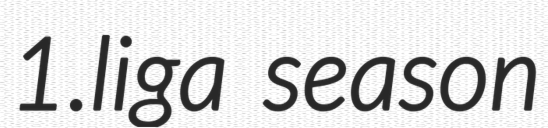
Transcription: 1.liga season